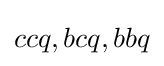
ccq,bcq,bbq